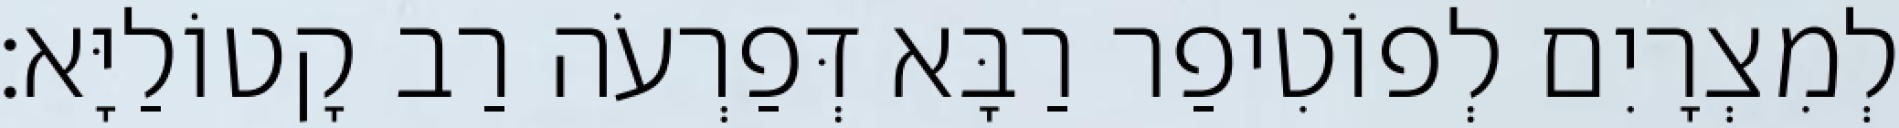
לְמִצְרָיִם לְפוֹטִיפַר רַבָּא דְּפַרְעֹה רַב קָטוֹלַיָּא׃